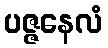
ပဇ္ဇနေလံ